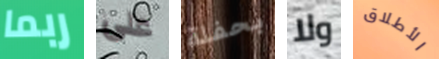
ربما على بحفلة ولا الأطلاق